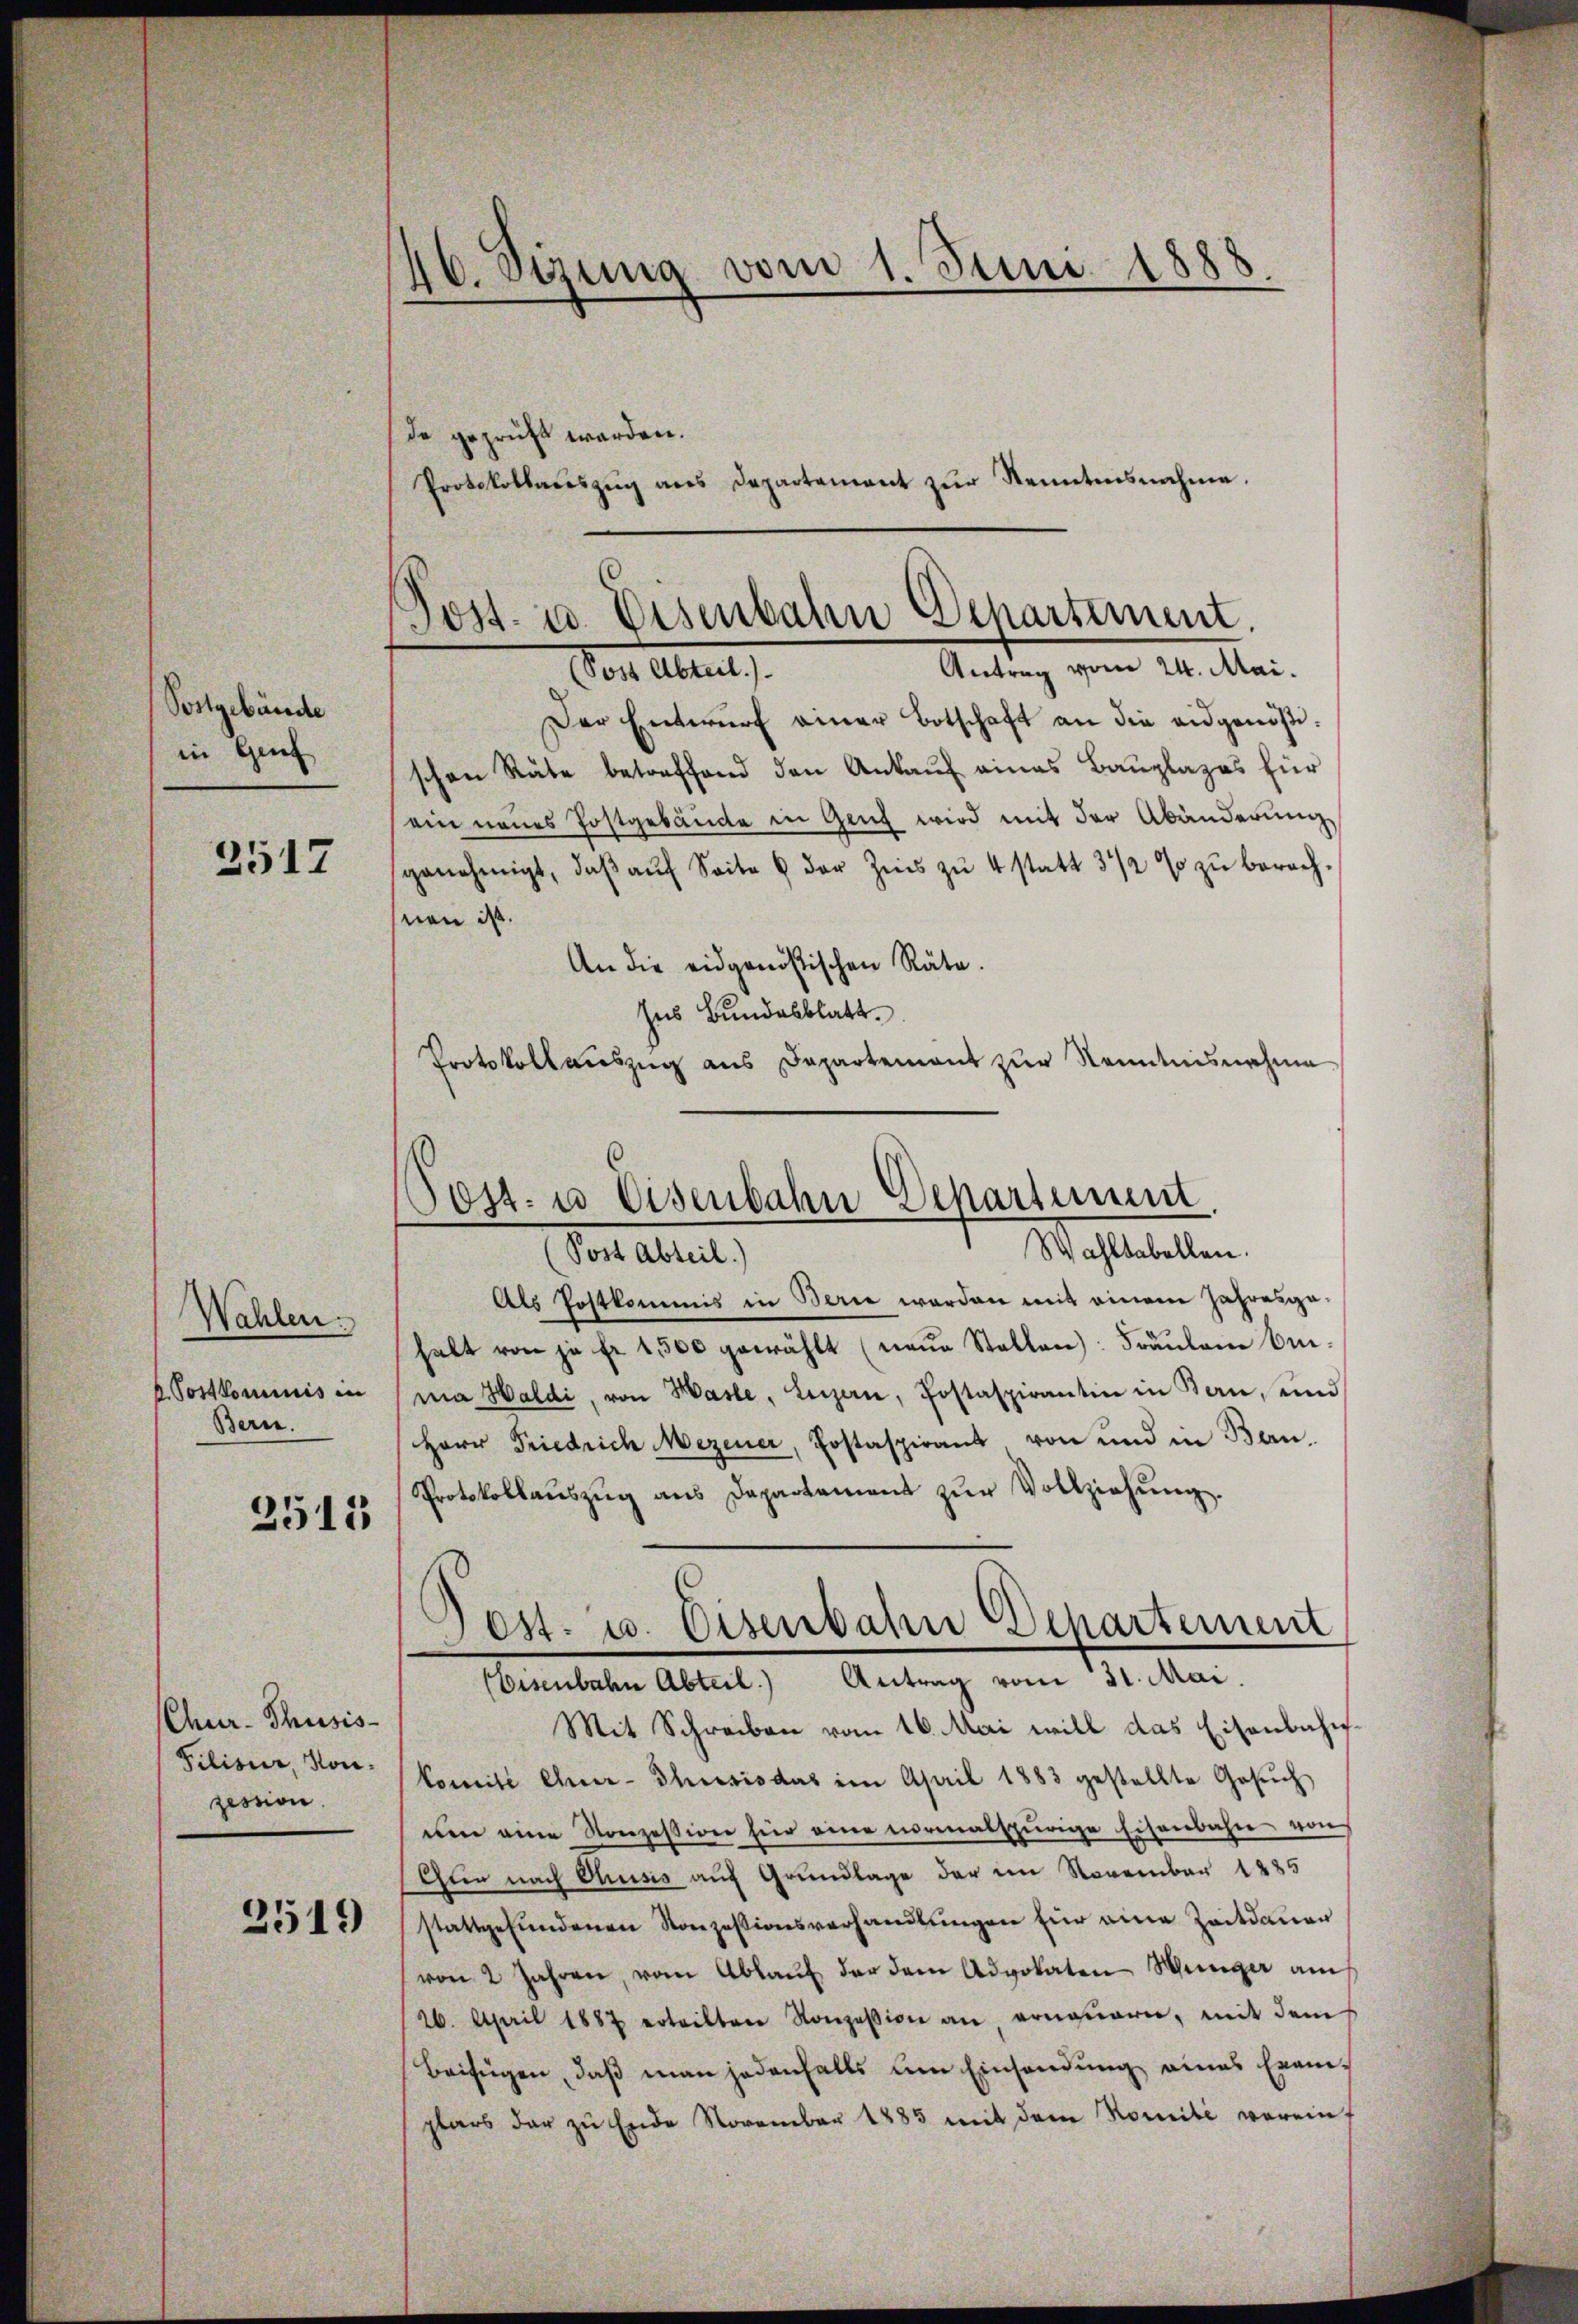
Postgebäude
in Genf

2517

Wahlen.
Postkommnis in
Bern.

2515

Chur-Thusis-
Filisur, Non-
zession.

2519

46. Sizung vom 1. Juni 1888.

de geprüft werden.
Protokollaŭszŭg ans Departement zŭr Kenntensnahme.

Post- u. Eisenbahn Departement.
Antrag vom 24. Mai.
Von Amts

Der Entwurf einer Botschaft an die eidgenößischen Räte betreffend den Ankauf eines Bauplages für
ein neues Postgebäude in Genf wird mit der Abänderŭng
genehmigt, daβ aŭf Seite 6 der Zeits zu 4 statt 3 1/2 % zu berechnen ist.
An die eidgenössischen Räte.
ses Bundesblatt.
Protokollauszug aus Departement zur Kenntnisnahme
Als Postkommis in Berie werden mit einem Jahresgehalt von je fr. 1500 gewählt (neŭe Stellen: Fräŭlein binma Haldi, von Hasle, Luzern, Postaspirantin in Kan, und
Herr Friedrich Mezener, Postaspirant von und in Ban
Protokollaŭszŭg ans Departement zŭr Vollziehŭng.
Jost. u. Eisenbahn Departement
(Eisenbahn Abteil.) Antrag vom 31. Mai.
Mit Schreiben vom 16. Mai will das Eisenbahnkomité chner-Thusis das im April 1883 gestellte Gesŭch
nen eine Konzession für eine vormalspurige Eisenbahn von
Chun nach Chusis auf Grundlage der im November 1885
stattgefundenen Konzessionsverhandlungen für eine Zeitdauer
von 2 Jahren, vom Ablaŭf der dem Advokaten Münger am
26. April 1887 erteilten Konzession an erneŭern, mit dem
Beifügen, daß man jedenfalls um Einsendung eines Exemplars der zŭ Ende November 1885 mit dem Komité verein¬

Post- u Eisenbahn Departement
Wohlstellen.
Post Abteil)